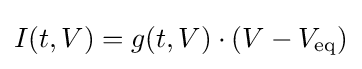
I(t,V)=g(t,V)\cdot (V-V_{\mathrm {eq} })